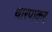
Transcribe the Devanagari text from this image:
थारपाकर